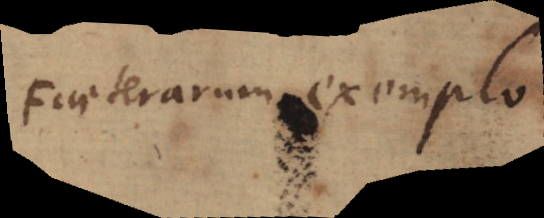
Feceterarum exemplo